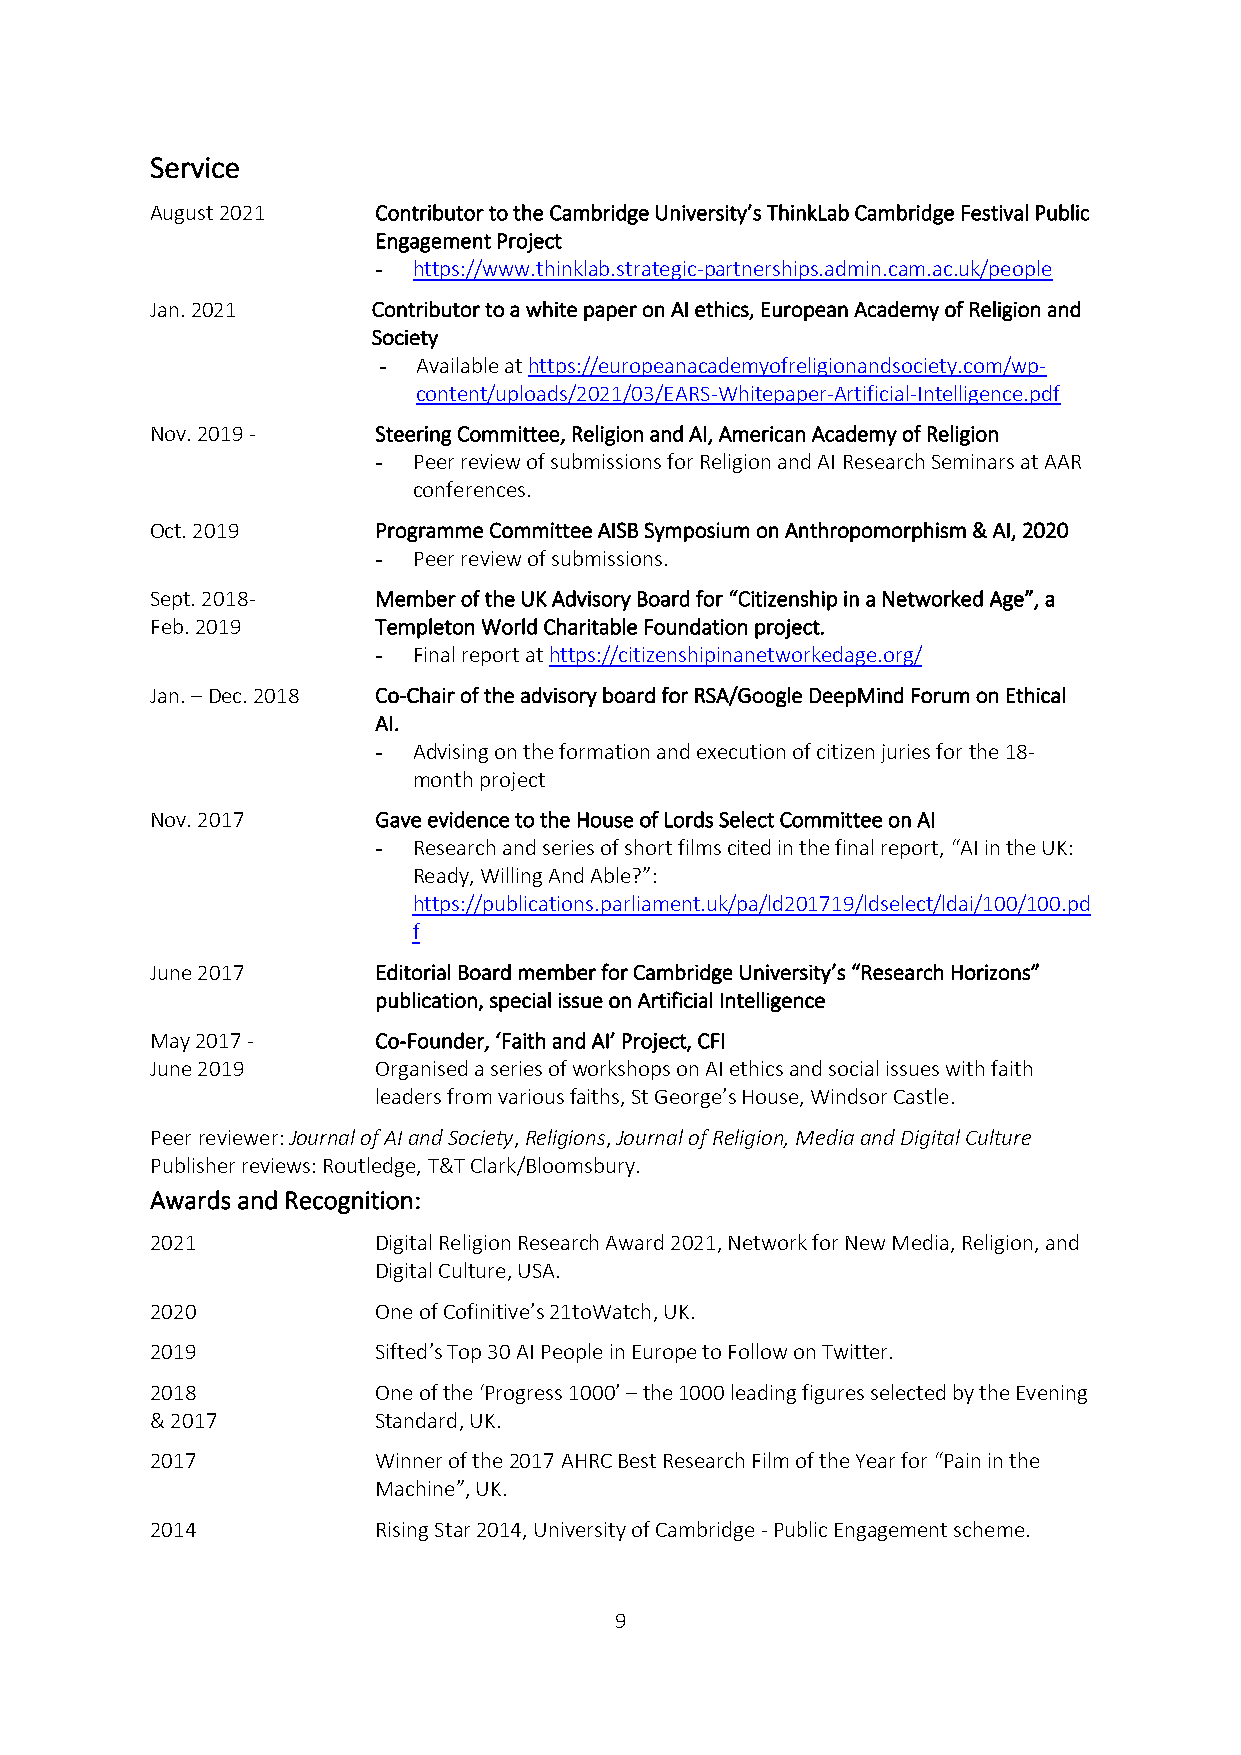
Service
 August 2021    Contributor to the Cambridge University’s ThinkLab Cambridge Festival Public
 Engagement Project
 - https://www.thinklab.strategic-partnerships.admin.cam.ac.uk/people
 Jan. 2021      Contributor to a white paper on AI ethics, European Academy of Religion and
 Society
 -  Available at https://europeanacademyofreligionandsociety.com/wp-
 content/uploads/2021/03/EARS-Whitepaper-Artificial-Intelligence.pdf
 Nov. 2019 -    Steering Committee, Religion and AI, American Academy of Religion
 - Peer review of submissions for Religion and AI Research Seminars at AAR
 conferences.
 Oct. 2019      Programme Committee AISB Symposium on Anthropomorphism & AI, 2020
 - Peer review of submissions.
 Sept. 2018-    Member of the UK Advisory Board for “Citizenship in a Networked Age”, a
 Feb. 2019      Templeton World Charitable Foundation project.
 - Final report at https://citizenshipinanetworkedage.org/
 Jan. – Dec. 2018 Co-Chair of the advisory board for RSA/Google DeepMind Forum on Ethical
 AI.
 - Advising on the formation and execution of citizen juries for the 18-
 month project
 Nov. 2017      Gave evidence to the House of Lords Select Committee on AI
 - Research and series of short films cited in the final report, “AI in the UK:
 Ready, Willing And Able?”:
 https://publications.parliament.uk/pa/ld201719/ldselect/ldai/100/100.pd
 f
 June 2017      Editorial Board member for Cambridge University’s “Research Horizons”
 publication, special issue on Artificial Intelligence
 May 2017 -     Co-Founder, ‘Faith and AI’ Project, CFI
 June 2019      Organised a series of workshops on AI ethics and social issues with faith
 leaders from various faiths, St George’s House, Windsor Castle.
 Peer reviewer: Journal of AI and Society, Religions, Journal of Religion, Media and Digital Culture
 Publisher reviews: Routledge, T&T Clark/Bloomsbury.
 Awards and Recognition:
 2021           Digital Religion Research Award 2021, Network for New Media, Religion, and
 Digital Culture, USA.
 2020           One of Cofinitive’s 21toWatch, UK.
 2019           Sifted’s Top 30 AI People in Europe to Follow on Twitter.
 2018           One of the ‘Progress 1000’ – the 1000 leading figures selected by the Evening
 & 2017         Standard, UK.
 2017           Winner of the 2017 AHRC Best Research Film of the Year for “Pain in the
 Machine”, UK.
 2014           Rising Star 2014, University of Cambridge - Public Engagement scheme.
 9